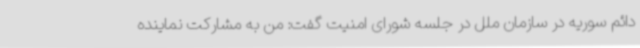
دائم سوریه در سازمان ملل در جلسه شورای امنیت گفت: من به مشارکت نماینده